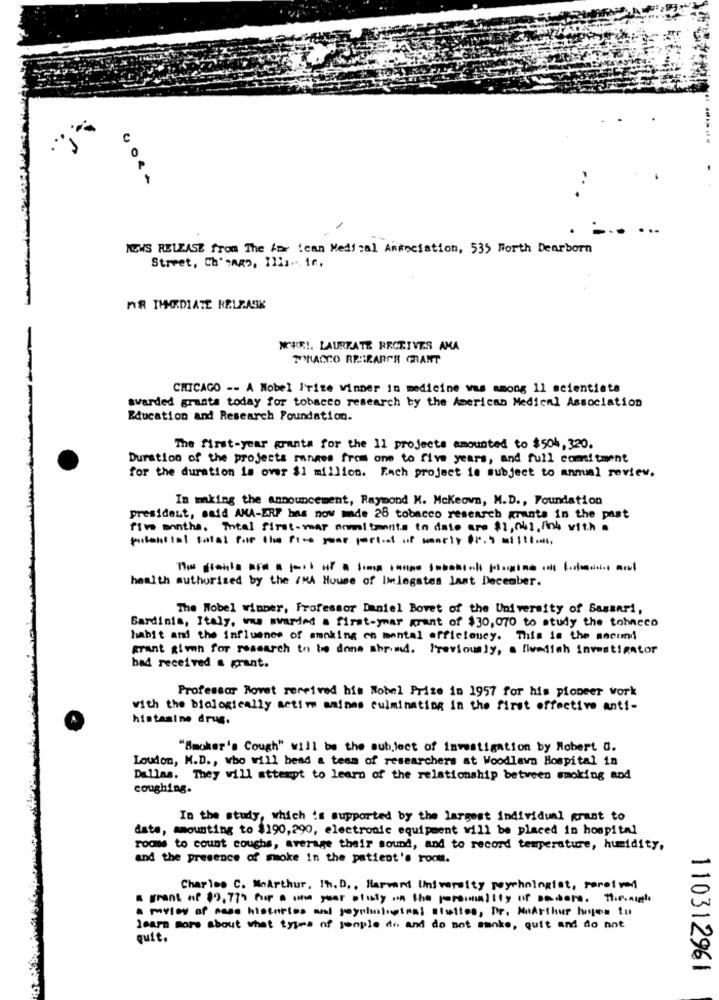
P.
-
NEWS RELEASE from The For ican Medical Andociation, 535 North Dearborn
Street, Ch'sARD, Il2 .... 16.
FR THODIATE RELZASK
NOHR !. LAUREATE RECEIVES AMA
TMNLACCO RESEARCH GRANT
CHICAGO -- A Nobel Prize winner in medicine was among 11 scientists
awarded grants today for tobacco research by the American Medical Association
Education and Research Foundation.
The first-year grants for the ll projects amounted to $504, 320.
Duration of the projects ranges from one to five years, and full comitment
for the duration is over $1 million. Each project is subject to annual review.
In making the announcement, Raymond M. Mckeown, M.D ., Foundation
president, said AMA-ERF has now made 28 tobacco research grants in the past
five months. Total first-mar enmitments to date are $1,061, Anb with a
polosital total For the fice your partiet of warly Or, 9 milti ..
health authorized by the /MA House of Inlogates lant December.
The Nobel winner, Professor Daniel Bovet of the University of Sassari,
Gardinis, Italy, w mrarded . first-ymar grant of $30,070 to study the tobacco
habit and the influence of smoking en mental offictoucy. This is the ancund
grant given for research to be done abroad. Previously, a fluallah Investigator
bad received a grant.
Professor Rovet received his Nobel Prize in 1957 for his pioneer work
with the biologically active amines culminating in the first effective anti-
histamine drug.
"Smoker's Cough" will be the subject of investigation by Robert a.
Loudon, M.D ., who will head a team of researchers at Woodlawn Hospital in
Dallas. They will attempt to learn of the relationship between smoking and
coughing.
In the study, which is supported by the largest individual grant to
data, amounting to $190,290, electronic equipment will be placed in hospital
rooms to count coughs, average their sound, and to record temperature, humidity,
and the presence of smoke in the patient's room.
Charles C. MoArthur, Th. D ., Harvard University peychologist, resolver
a grant of $9, 77% for a one year ofisty in the personality of sanders. The.sigh
a miley of page hisenlos wal jagintiginal alottes, Dr. MaArthur hoyes tu
learn more about what types of jongle de and do not smoke, quit and do not
quit.
110312961